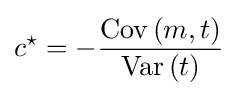
c^{\star }=-{\frac {{\textrm {Cov}}\left(m,t\right)}{{\textrm {Var}}\left(t\right)}}